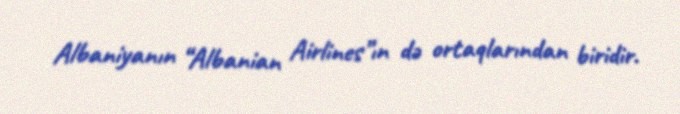
Albaniyanın “Albanian Airlines”ın də ortaqlarından biridir.